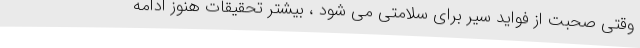
وقتی صحبت از فواید سیر برای سلامتی می شود ، بیشتر تحقیقات هنوز ادامه